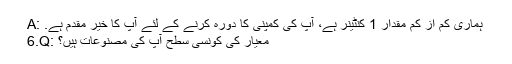
A: ہماری کم از کم مقدار 1 کنٹینر ہے، آپ کی کمپنی کا دورہ کرنے کے لئے آپ کا خیر مقدم ہے.
6.Q: معیار کی کونسی سطح آپ کی مصنوعات ہیں؟